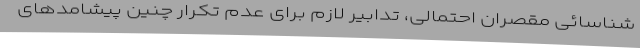
شناسائی مقصران احتمالی، تدابیر لازم برای عدم تکرار چنین پیشامدهای